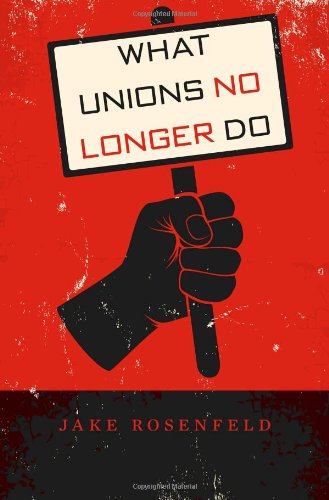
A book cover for What Unions No Longer Do; Jake Rosenfeld; Business & Money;